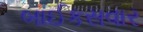
બાઈકસવાર